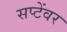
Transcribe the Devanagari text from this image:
सप्टेंवर